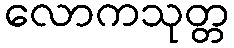
လောကသုတ္တ